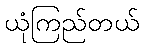
ယုံကြည်တယ်